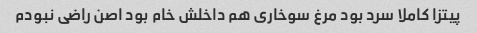
پیتزا کاملا سرد بود مرغ سوخاری هم داخلش خام بود اصن راضی نبودم